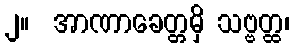
၂။  အာဏာခေတ္တမှိ သဗ္ဗတ္ထ၊